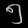
Digit: ၅